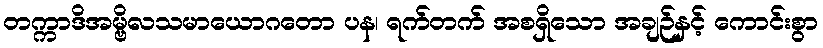
တက္ကာဒိအမ္ဗိလသမာယောဂတော ပန၊ ရက်တက် အစရှိသော အချဉ်နှင့် ကောင်းစွာ